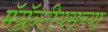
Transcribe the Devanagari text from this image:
मॅग्नॅन्टीयसच्या